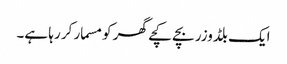
ایک بلڈوزر بچے کچے گھر کو مسمار کر رہا ہے۔